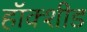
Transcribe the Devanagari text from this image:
हॉक्शीड